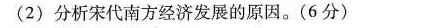
(2)分析宋代南方经济发展的原因。(6分)